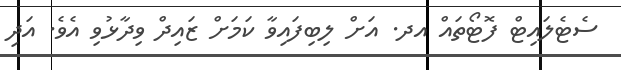
ސެޓެލައިޓް ފޮޓޯތައް އދ. އަށް ލިބިފައިވާ ކަމަށް ޒައިދް ވިދާޅުވި އެވެ. އަދި